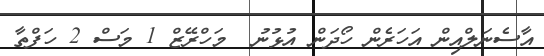
އާސެނަލްއިން އަހަރެން ހޯދަން އުޅުނު  މަހްރޭޒް 1 މަސް 2 ހަފްތާ